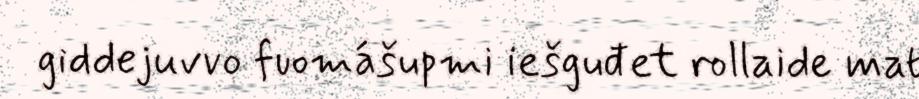
giddejuvvo fuomášupmi iešguđet rollaide mat